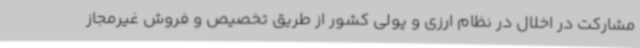
مشارکت در اخلال در نظام ارزی و پولی کشور از طریق تخصیص و فروش غیرمجاز